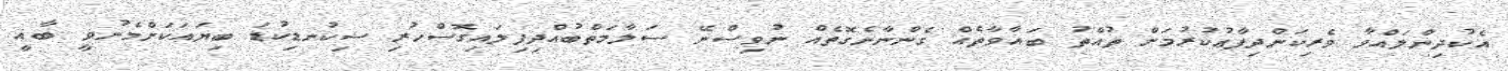
އެކުދިންލައްވާ ވެރިކަންދިފާޢުކުރުމަށް ތުއްތު ބަޣާވާތެއް ގެންނާނެގޮތެއް ނުވިސްނޭ ސަލާމަތްބުއްދިފިލައިގޮސްހުރި ސިކުނޑިކުޑަ ބިޔައަކަށްމެނުވީ ބާޣީ